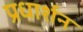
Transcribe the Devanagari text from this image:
प्रधार्शन